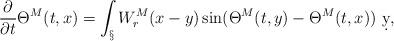
\begin{align*} \frac{\partial}{\partial t}\Theta^M(t,x) = \int_\S W_r^M(x-y) \sin(\Theta^M(t,y)-\Theta^M(t,x))\ \d y,\end{align*}